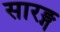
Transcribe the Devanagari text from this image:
सारङ्ग